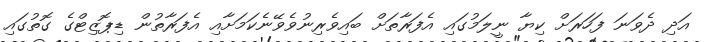
އަދި ދެވަނަ ފަހަރަށް ކިޔާ ނީލަމުގައި އެފަރާތަށް ބައިވެރިނުވެވޭނެކަމަށާއި އެފަރާތުން ޑިޕޮޒިޓްގެ ގޮތުގައި